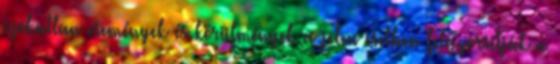
szokatlan események és körülmények a jelen esetben felgyorsítják a